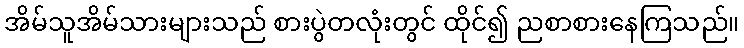
အိမ်သူအိမ်သားများသည် စားပွဲတလုံးတွင် ထိုင်၍ ညစာစားနေကြသည်။